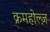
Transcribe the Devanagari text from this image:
क्रमहोल्ज़